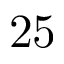
2 5